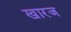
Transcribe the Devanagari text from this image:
खारज